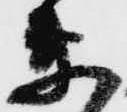
衛